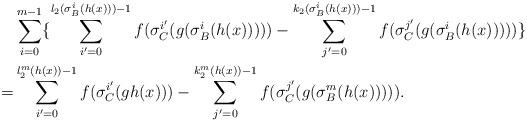
LaTeX: \begin{align*}& \sum_{i=0}^{m-1} \{\sum_{i'=0}^{l_2 (\sigma_B^i(h(x)))-1} f(\sigma_C^{i'}(g(\sigma_B^i(h(x)))))-\sum_{j'=0}^{k_2 (\sigma_B^i(h(x)))-1} f(\sigma_C^{j'}(g(\sigma_B^{i}(h(x))))) \}\\=&\sum_{i'=0}^{l_2^m (h(x))-1} f(\sigma_C^{i'}(gh(x)))-\sum_{j'=0}^{k_2^m (h(x))-1} f(\sigma_C^{j'}(g(\sigma_B^{m}(h(x))))).\end{align*}